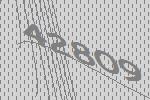
42809